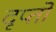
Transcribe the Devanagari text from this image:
दृप्तो